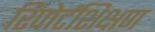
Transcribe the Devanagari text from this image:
रिपोर्टशिक्षण